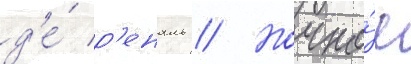
д'е́ р'еналь // Ночно́е